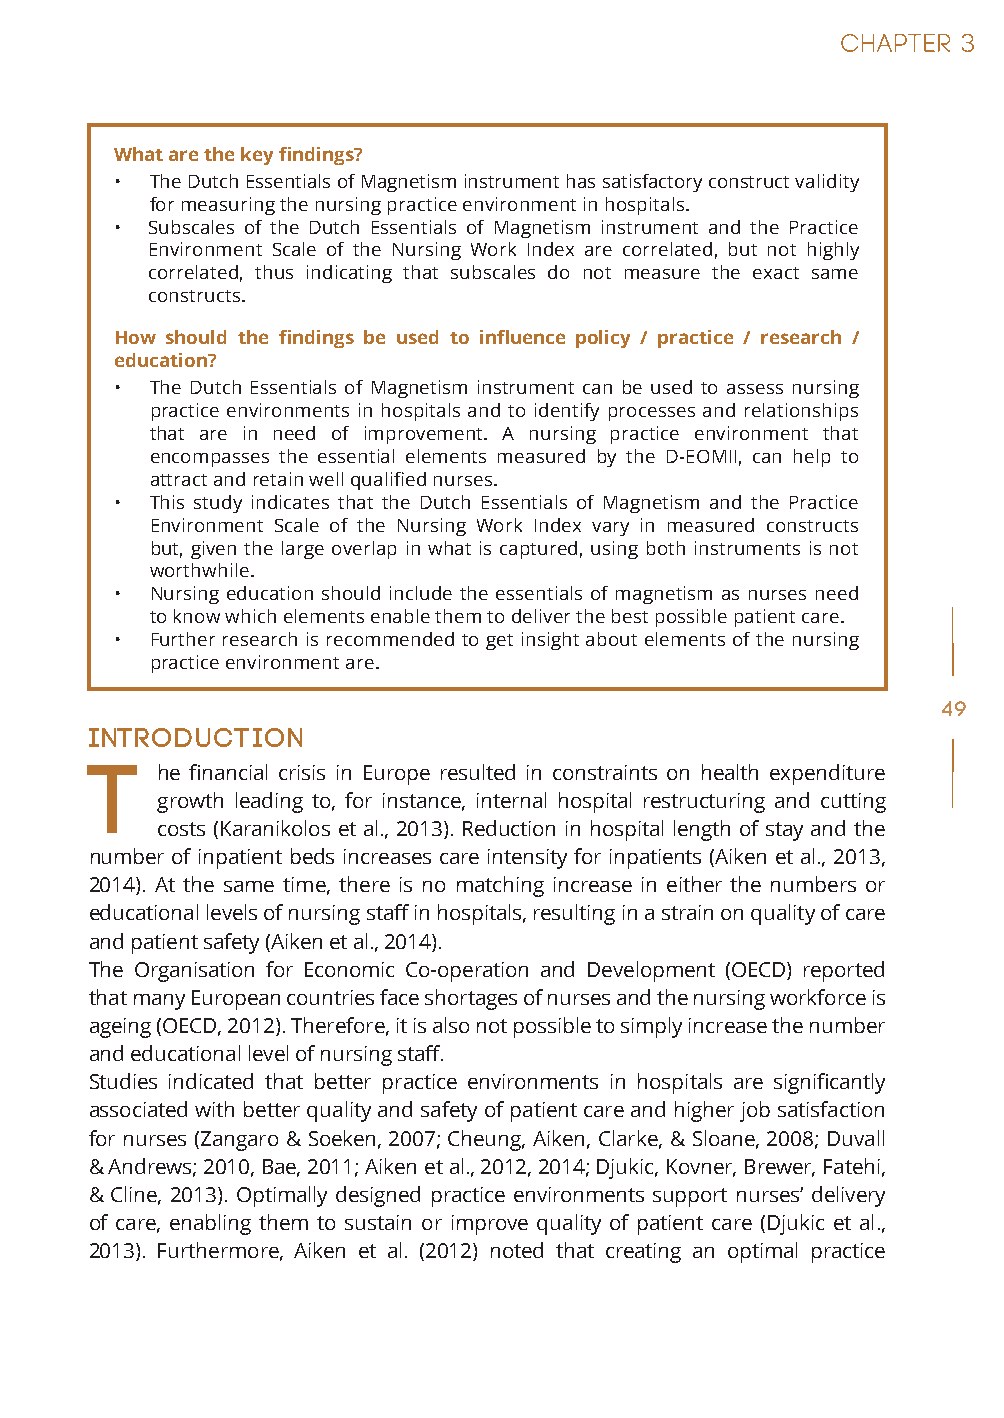
What are the key findings?
 • The Dutch Essentials of Magnetism instrument has satisfactory construct validity
 for measuring the nursing practice environment in hospitals.
 • Subscales of the Dutch Essentials of Magnetism instrument and the Practice
 Environment Scale of the Nursing Work Index are correlated, but not highly
 correlated, thus indicating that subscales do not measure the exact same
 constructs.
 How should the findings be used to influence policy / practice / research /
 education?
 • The Dutch Essentials of Magnetism instrument can be used to assess nursing
 practice environments in hospitals and to identify processes and relationships
 that are in need of improvement. A nursing practice environment that
 encompasses the essential elements measured by the D-EOMII, can help to
 attract and retain well qualified nurses.
 • This study indicates that the Dutch Essentials of Magnetism and the Practice
 Environment Scale of the Nursing Work Index vary in measured constructs
 but, given the large overlap in what is captured, using both instruments is not
 worthwhile.
 • Nursing education should include the essentials of magnetism as nurses need
 to know which elements enable them to deliver the best possible patient care.
 • Further research is recommended to get insight about elements of the nursing
 practice environment are.
 49
 Introduction
 T   he financial crisis in Europe resulted in constraints on health expenditure
 growth leading to, for instance, internal hospital restructuring and cutting
 costs (Karanikolos et al., 2013). Reduction in hospital length of stay and the
 number of inpatient beds increases care intensity for inpatients (Aiken et al., 2013,
 2014). At the same time, there is no matching increase in either the numbers or
 educational levels of nursing staff in hospitals, resulting in a strain on quality of care
 and patient safety (Aiken et al., 2014).
 The Organisation for Economic Co-operation and Development (OECD) reported
 that many European countries face shortages of nurses and the nursing workforce is
 ageing (OECD, 2012). Therefore, it is also not possible to simply increase the number
 and educational level of nursing staff.
 Studies indicated that better practice environments in hospitals are significantly
 associated with better quality and safety of patient care and higher job satisfaction
 for nurses (Zangaro & Soeken, 2007; Cheung, Aiken, Clarke, & Sloane, 2008; Duvall
 & Andrews; 2010, Bae, 2011; Aiken et al., 2012, 2014; Djukic, Kovner, Brewer, Fatehi,
 & Cline, 2013). Optimally designed practice environments support nurses’ delivery
 of care, enabling them to sustain or improve quality of patient care (Djukic et al.,
 2013). Furthermore, Aiken et al. (2012) noted that creating an optimal practice